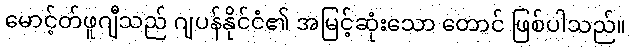
မောင့်တ်ဖူဂျီသည် ဂျပန်နိုင်ငံ၏ အမြင့်ဆုံးသော တောင် ဖြစ်ပါသည်။